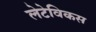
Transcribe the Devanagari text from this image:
लेटेविकस